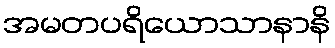
အမတပရိယောသာနာနိ